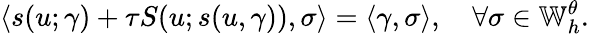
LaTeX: \left\langle s(u;\gamma)+\tau S(u;s(u,\gamma)),\sigma\right\rangle=\left\langle\gamma,\sigma\right\rangle,\quad\forall\sigma\in\mathbb{W}_{h}^{\theta}.